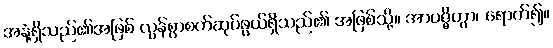
အနံ့ရှိသည်၏အဖြစ် လွန်စွာစက်ဆုပ်ဖွယ်ရှိသည်၏ အဖြစ်သို့။ အာပဇ္ဇိတွာ၊ ရောက်၍။